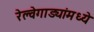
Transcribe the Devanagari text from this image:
रेल्वेगाड्यांमध्ये